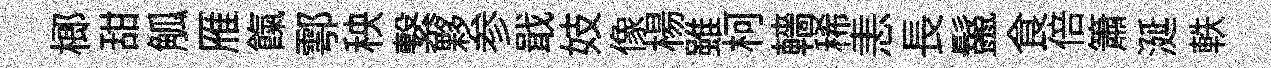
榔甜觚雁餼鄠秧繋夥参戢妓像楊雖柯轖稀恚長鬣食倍簫涎軼